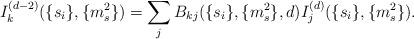
LaTeX: \begin{align*}I_k^{(d-2)}(\{s_i\},\{m_s^2 \})=\sum_{j} B_{kj}(\{s_i\},\{m_s^2 \},d)I_j^{(d)}(\{s_i\},\{m_s^2 \}).\end{align*}